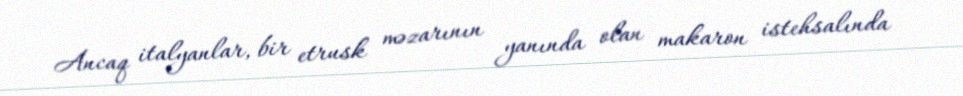
Ancaq italyanlar, bir etrusk məzarının yanında olan makaron istehsalında